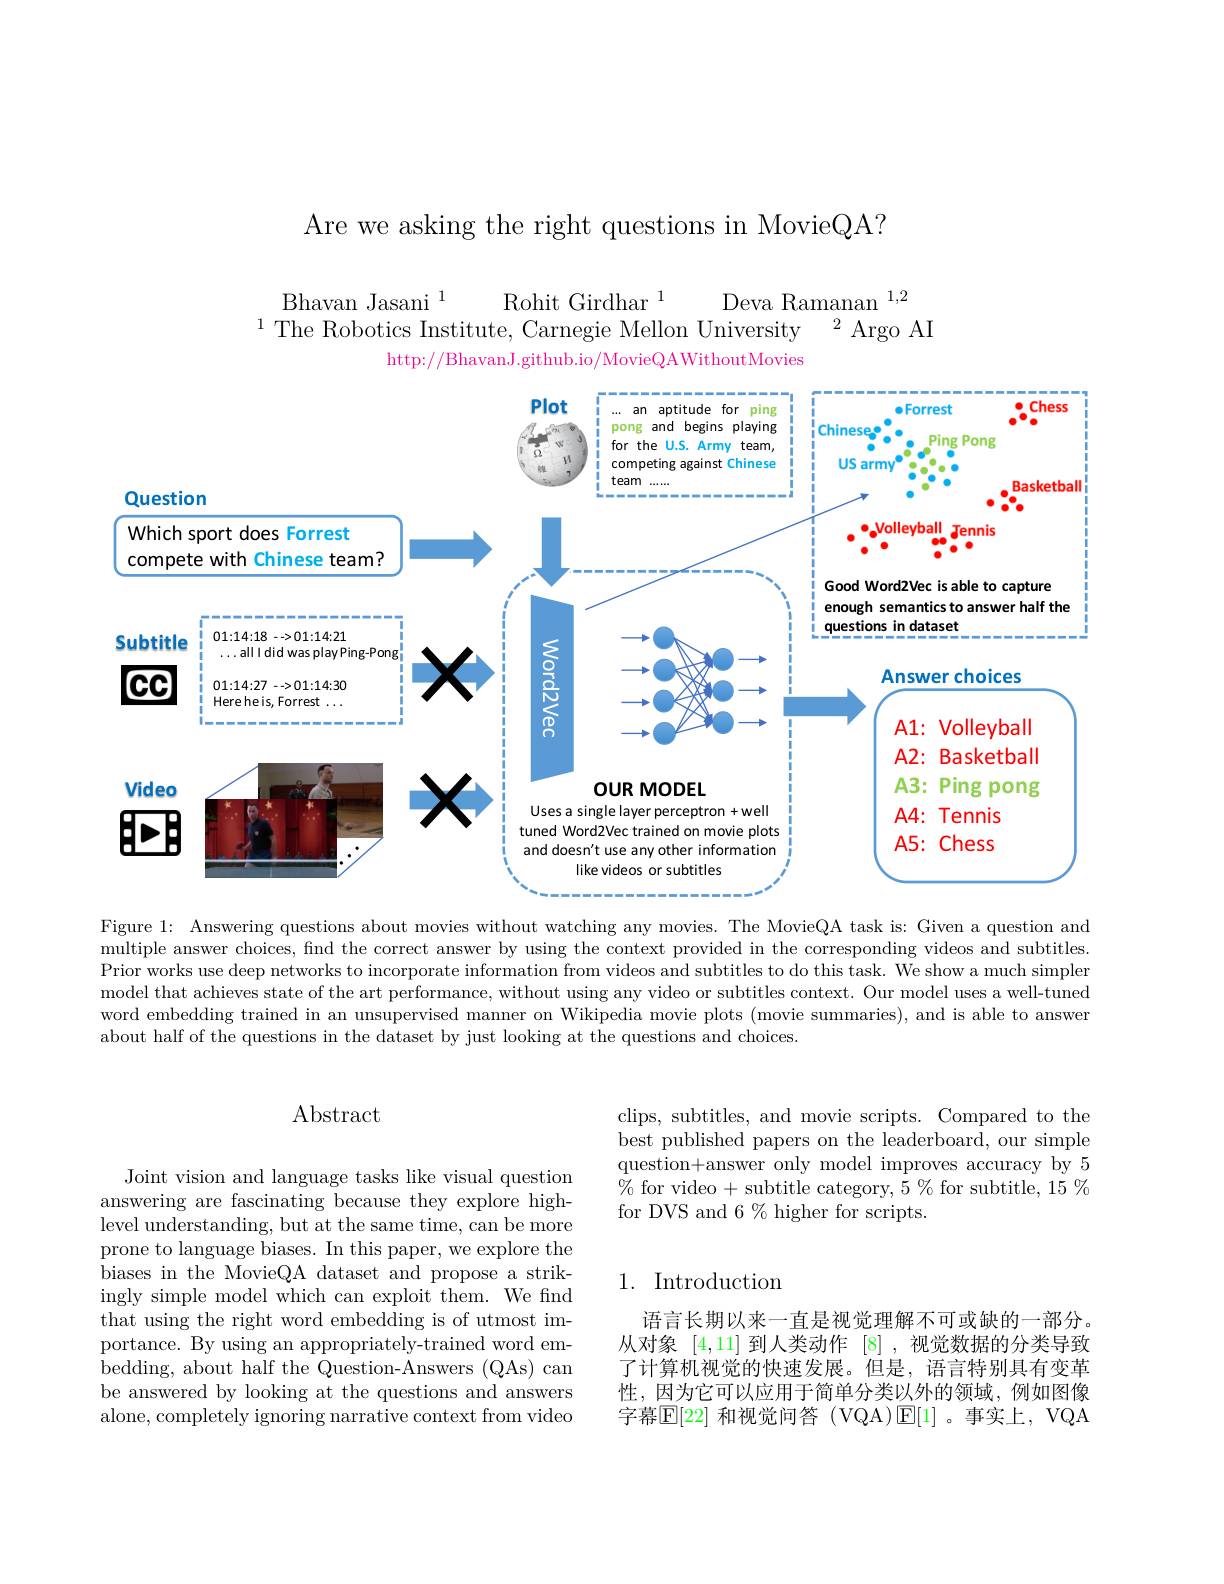
Are we asking the right questions in MovieQA?

$\begin{array}{c}\text{Bhavan Jasani}^{1}&\text{Rohit Girdhar}^{1}&\text{Deva Ramanan}^{1,2}\\\text{The Robotics Institute, Carnegie Mellon University}^{2}&\text{Argo AI}\end{array}$
1
http://BhavanJ.github.io/MovieQAWithoutMovies

<FigureHere>

Figure 1: Answering questions about movies without watching any movies. The MovieQA task is: Given a question and multiple answer choices, find the correct answer by using the context provided in the corresponding videos and subtitles. Prior works use deep networks to incorporate information from videos and subtitles to do this task. We show a much simpler model that achieves state of the art performance, without using any video or subtitles context. Our model uses a well-tuned word embedding trained in an unsupervised manner on Wikipedia movie plots (movie summaries), and is able to answer about half of the questions in the dataset by just looking at the questions and choices.

clips, subtitles, and movie scripts. Compared to the best published papers on the leaderboard, our simple question+answer only model improves accuracy by 5 $\%$ for video + subtitle category, 5 % for subtitle, 15 % for DVS and 6% higher for scripts.

## Abstract

Joint vision and language tasks like visual question answering are fascinating because they explore highlevel understanding, but at the same time, can be more prone to language biases. In this paper, we explore the biases in the MovieQA dataset and propose a strikingly simple model which can exploit them. We find that using the right word embedding is of utmost importance. By using an appropriately-trained word embedding, about half the Question-Answers (QAs) can be answered by looking at the questions and answers alone, completely ignoring narrative context from video

# 1. Introduction

语言长期以来一直是视觉理解不可或缺的一部分。从对象[4,11]到人类动作[8] ,视觉数据的分类导致了计算机视觉的快速发展。但是，语言特别具有变革性，因为它可以应用于简单分类以外的领域，例如图像字幕$\operatorname{E}[22]$ 和视觉问答 (VQA)$\operatorname{E}[1]$。事实上，VQA